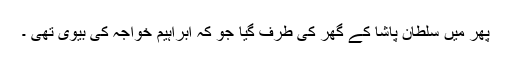
پھر میں سلطان پاشا کے گھر کی طرف گیا جو کہ ابراہیم خواجہ کی بیوی تھی ۔